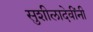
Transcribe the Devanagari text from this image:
सुशीलादेवींनी